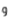
و